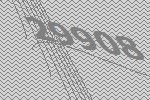
29908